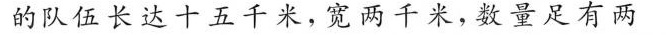
的队伍长达十五千米，宽两千米，数量足有两